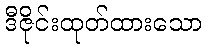
ဒီဇိုင်းထုတ်ထားသော